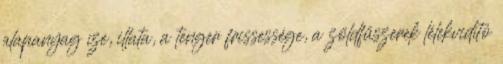
alapanyag íze, illata, a tenger frissessége, a zöldfűszerek lélekvidító